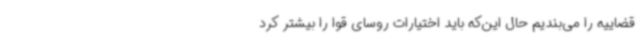
قضاییه را می‌بندیم حال این‌که باید اختیارات روسای قوا را بیشتر کرد